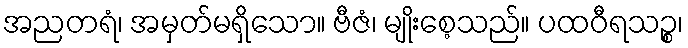
အညတရံ၊ အမှတ်မရှိသော။ ဗီဇံ၊ မျိုးစေ့သည်။ ပထဝီရသဉ္စ၊